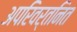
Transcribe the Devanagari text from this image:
अपरिवर्तनित